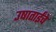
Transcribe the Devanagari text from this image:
उषाताईंचे